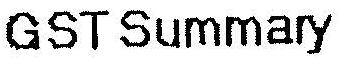
GST SUMMARY